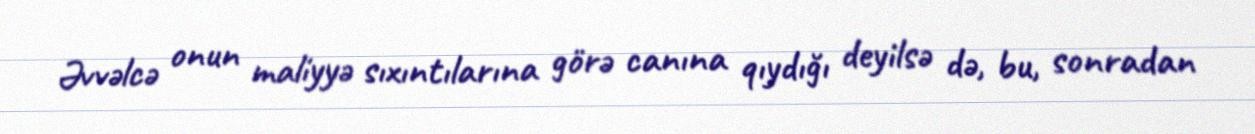
Əvvəlcə onun maliyyə sıxıntılarına görə canına qıydığı deyilsə də, bu, sonradan